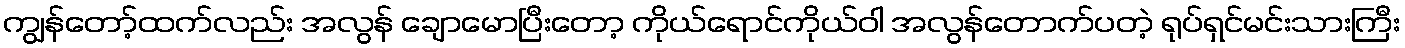
ကျွန်တော့်ထက်လည်း အလွန် ချောမောပြီးတော့ ကိုယ်ရောင်ကိုယ်ဝါ အလွန်တောက်ပတဲ့ ရုပ်ရှင်မင်းသားကြီး